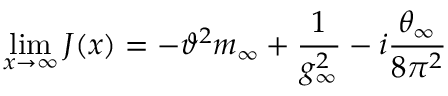
\operatorname * { l i m } _ { x \to \infty } J ( x ) = - \vartheta ^ { 2 } m _ { \infty } + \frac { 1 } { g _ { \infty } ^ { 2 } } - i \frac { \theta _ { \infty } } { 8 \pi ^ { 2 } }